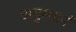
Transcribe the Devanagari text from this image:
वायुस्थानं